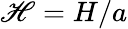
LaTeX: \mathscr{H}=H/a